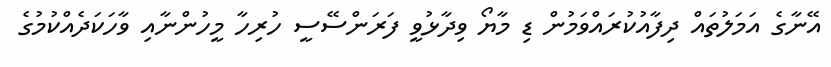
އޭނާގެ އަމަލުތައް ދިފާއުކުރައްވަމުން ޑި މާޔޯ ވިދާޅުވީ ފަރަންސޭސީ ހުރިހާ މީހުންނާއި ވާހަކަދެއްކުމުގެ